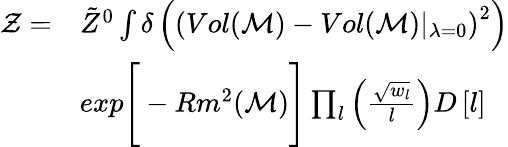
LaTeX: \begin{array}{rl}{\mathcal{Z}=}&{\tilde{Z}^{0}\int\delta\left(\left(Vol(\mathcal{M})-Vol(\mathcal{M})\vert_{\lambda=0}\right)^{2}\right)}\\ &{exp\Bigg[-Rm^{2}(\mathcal{M})\Bigg]\prod_{l}\left(\frac{\sqrt{w_{l}}}{l}\right)D\left[l\right]}\end{array}